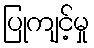
ပြုကျင့်မှု